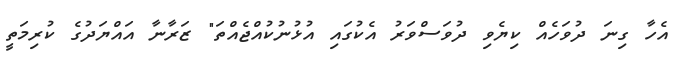
އެހާ ގިނަ ދުވަހެއް ކިޔެވި ދުވަސްވަރު އެކުގައި އުޅުނުކުއްޖެއްތަ" ޒަރާނާ އައްޔަދުގެ ކުރިމަތީ